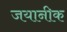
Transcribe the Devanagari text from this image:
जयानीक